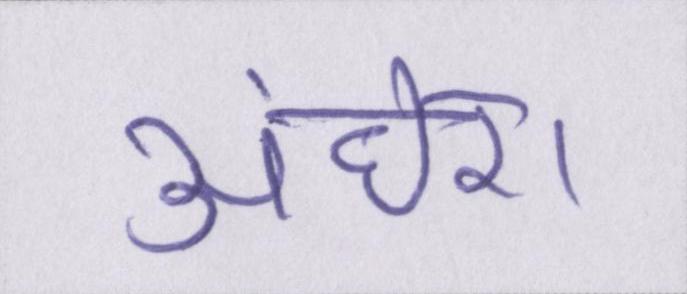
अंधेरा